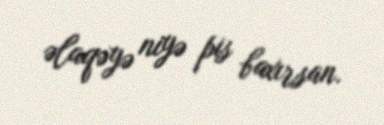
əlaqəyə niyə pis baxırsan.